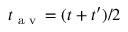
t _ { \textrm { a v } } = ( t + t ^ { \prime } ) / 2